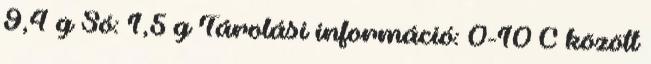
9,4 g Só: 1,5 g Tárolási információ: 0-10°C között